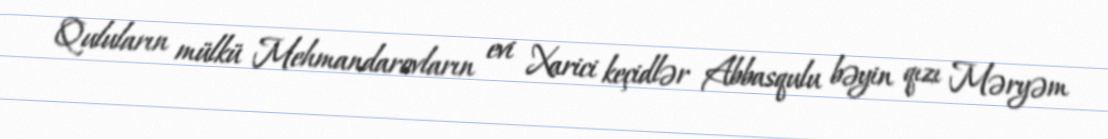
Quluların mülkü Mehmandarovların evi Xarici keçidlər Abbasqulu bəyin qızı Məryəm